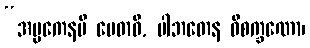
“အပ္ပကေနပိ မေဓာဝီ, ပါဘတေန ဝိစက္ခဏော၊